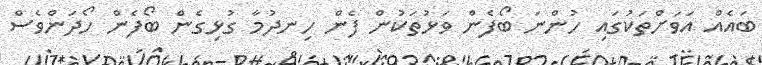
ބައެއް އަވަށްތަކުގައި ހުންނަ ބޯފެން ވަޅުތަކުން ފެން ހިނދުމާ ގުޅިގެން ބޯފެން ހޯދަންވެސް